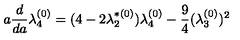
a \frac { d } { d a } \lambda _ { 4 } ^ { ( 0 ) } = ( 4 - 2 \lambda _ { 2 } ^ { * ( 0 ) } ) \lambda _ { 4 } ^ { ( 0 ) } - \frac { 9 } { 4 } ( \lambda _ { 3 } ^ { ( 0 ) } ) ^ { 2 }